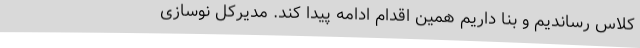
کلاس رساندیم و بنا داریم همین اقدام ادامه پیدا کند. مدیرکل نوسازی